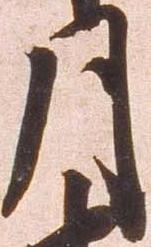
月